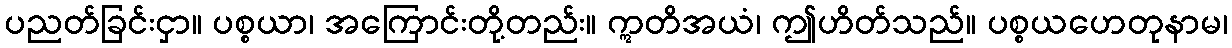
ပညတ်ခြင်းငှာ။ ပစ္စယာ၊ အကြောင်းတို့တည်း။ ဣတိအယံ၊ ဤဟိတ်သည်။ ပစ္စယဟေတုနာမ၊